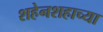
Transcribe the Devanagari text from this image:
शहेनशहाच्या